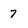
Character: 7